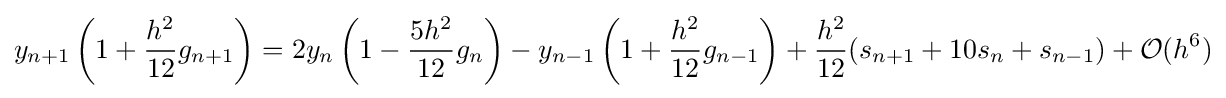
y_{n+1}\left(1+{\frac {h^{2}}{12}}g_{n+1}\right)=2y_{n}\left(1-{\frac {5h^{2}}{12}}g_{n}\right)-y_{n-1}\left(1+{\frac {h^{2}}{12}}g_{n-1}\right)+{\frac {h^{2}}{12}}(s_{n+1}+10s_{n}+s_{n-1})+{\mathcal {O}}(h^{6})